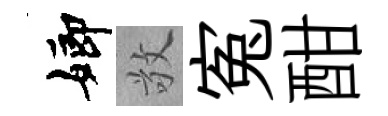
嫏敬寃酣